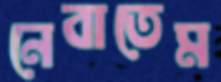
নেবাতেম